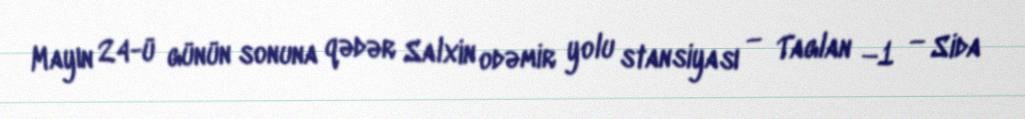
Mayın 24-ü günün sonuna qədər Salxin odəmir yolu stansiyası — Taglan −1 — Sida